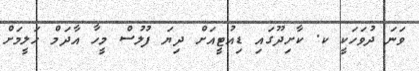
ވަނަ ދުވަހަކީ ކ. ކާށިދޫގައި ޑިއުޓީއަށް ދިޔަ ފުލުސް މީހާ އާދަމް ހަލީމަށް